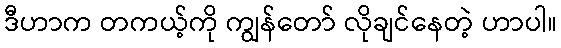
ဒီဟာက တကယ့်ကို ကျွန်တော် လိုချင်နေတဲ့ ဟာပါ။